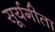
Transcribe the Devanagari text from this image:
सूर्यगीता